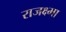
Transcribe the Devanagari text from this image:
राजक्ष्मा